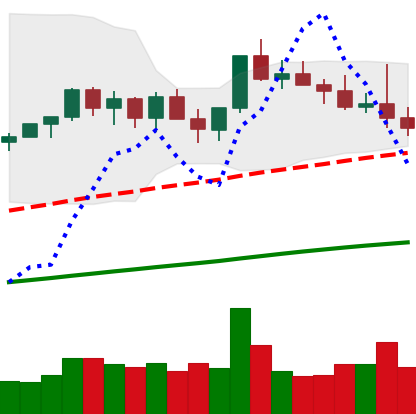
Ticker: NEO-USD
Chart end date: 2021-03-25
Forward return: 15.648%
Label: up_7plus